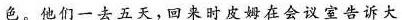
色。他们一去五天，回来时皮姆在会议室告诉大